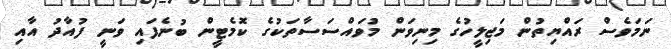
ނަމަވެސް ރައްޔިތުން މަޖިލީހުގެ މިނިވަން މުވައްސަސާތަކުގެ ކޮމެޓީން ބުނެފައި ވަނީ ފުއާދު އާއި